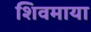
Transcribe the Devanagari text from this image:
शिवमाया